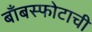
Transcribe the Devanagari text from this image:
बाँबस्फोटाची